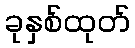
ခုနှစ်ထုတ်